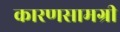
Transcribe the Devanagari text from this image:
कारणसामग्री